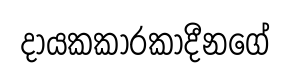
දායකකාරකාදීනගේ